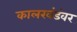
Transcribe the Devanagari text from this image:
कालखंडंवर